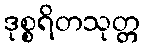
ဒုစ္စရိတသုတ္တ